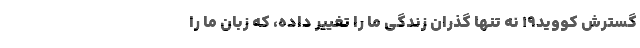
گسترش کووید۱۹ نه تنها گذران زندگی ما را تغییر داده، که زبان ما را